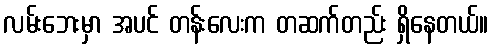
လမ်းဘေးမှာ အပင် တန်းလေးက တဆက်တည်း ရှိနေတယ်။